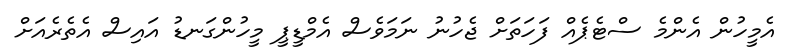
އެމީހުން އެންމެ ސްޓެޕެއް ފަހަތަށް ޖެހުނު ނަމަވެސް އެމްޑީޕީ މީހުންގަނޑު އައިސް އެތެރެއަށް